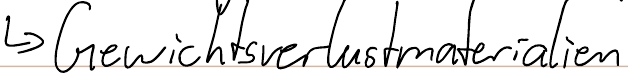
-> Gewichtsverlustmaterialien